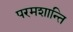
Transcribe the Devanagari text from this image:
परमशान्ति